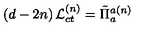
\left( d - 2 n \right) { \cal L } _ { c t } ^ { \left( n \right) } = \tilde { \Pi } _ { a } ^ { a \left( n \right) }